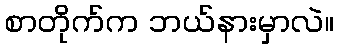
စာတိုက်က ဘယ်နားမှာလဲ။